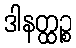
ဒါနတ္ထဉ္စ